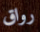
رواق